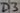
Text: D3